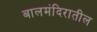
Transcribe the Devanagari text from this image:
बालमंदिरातील